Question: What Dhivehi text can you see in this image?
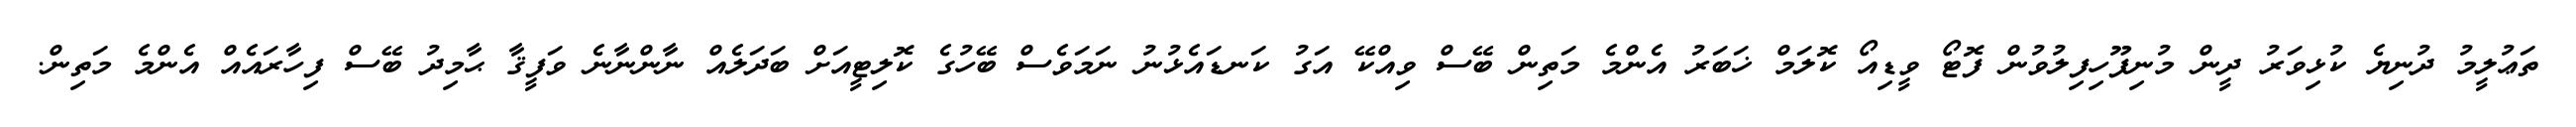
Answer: ތަޢުލީމު ދުނިޔެ ކުޅިވަރު ދީން މުނިފޫހިފިލުވުން ފޮޓޯ ވީޑިއޯ ކޮލަމް ޚަބަރު އެންމެ މަތިން ބޭސް ވިއްކޭ އަގު ކަނޑައެޅުނު ނަމަވެސް ބޭހުގެ ކޮލިޓީއަށް ބަދަލެއް ނާންނާނެ ވަފީޤާ ޙާމިދު ބޭސް ފިހާރައެއް އެންމެ މަތިން.